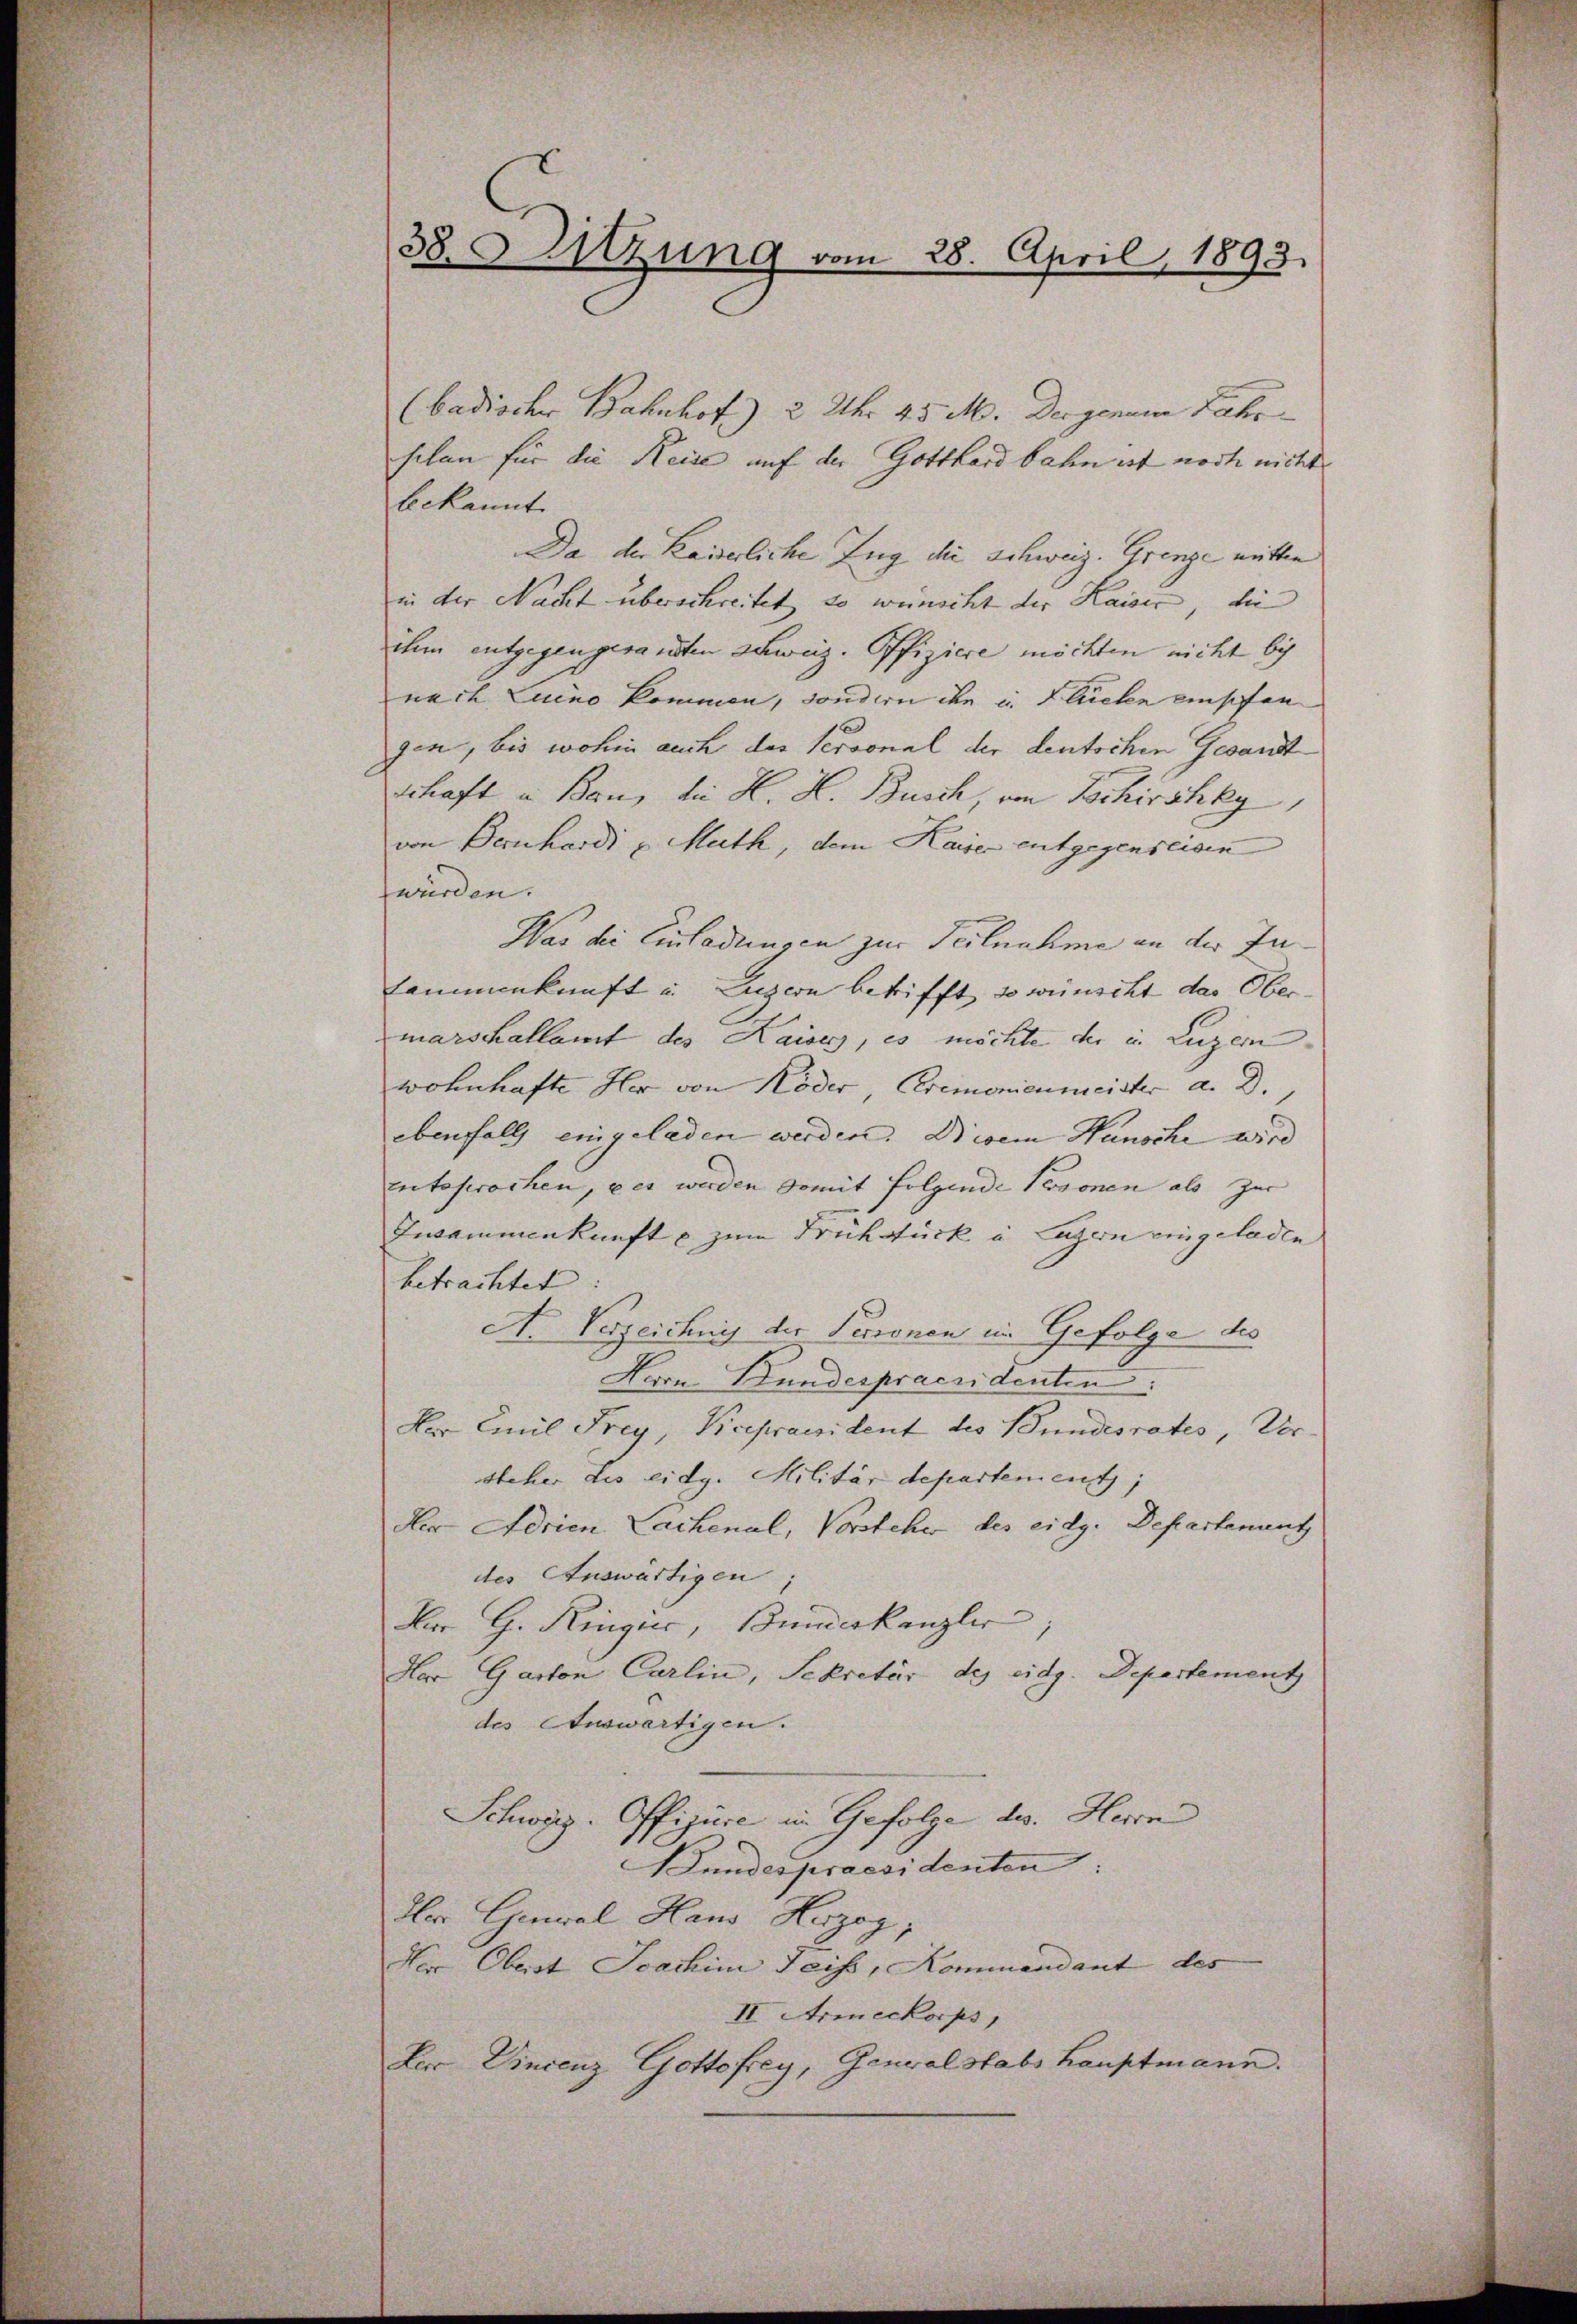
38. Sitzung vom 28. April 1893.

(badischer Bahnhof 2 Uhr 45 M. Dergenan Jahr
silen für die Reise auf der Gotthardbahn ist noch nicht
bekannt
Da der Kaiserliche Zug die Schweiz. Grenze mitten |
in der Nacht überschreitet, so wünscht der Kaiser, die
ihm entgegengesandten Schweiz. Offiziere möchten nicht bis
nach Luino kommen, sondern ihn in Flüelen einschen
gen, bis wohin auch der Personal der deutschen Gesandt
Schaft u Bau, die H. H. Busch, von Schirschky,
von Bernhardi u Muth, dem Kaiser entgegenseigen
würden.
War die Einladungen zur Teilnahme an der Insammenkunft u. Luzern betrifft, so wünscht das Obermarschallamt des Kaiser, es möchte der in Luzern
wohnhafte Her von Köder, Cremonienmeister a. D.,
ebenfall eingeladen werden. Diesem Wunsche wird
entsprochen, u es werden somit folgende Personen als zur
Inammenkunft u zum Frühstück in Luzern eingeladen
betrachtet |
A. Verzeichung der Perronen im Gefolge des
Herrn Bundespraesidenten:
Her Emil Frey, Vicepraesident des Bundesrates, Versteher Les eidg. Militär departement;
Der Adrien Lachenal, Vorsteher des eidg. Departament
des Auswärtigen
Nor G. Ringić, Bundeskanzler,
Her Garten Carlin, Sekretär des eidg. Departement
des Auswärtigen.
Schweiz. Offizire in Gefolge des Herrn
Bundespraesidenten
Her Gewal Hans Herzog;
Der Oberst Joachim Teis, Kommandant des
II. Armeekorps,
Herr Vincenz Gottofrey, General Stabshauptmann.